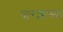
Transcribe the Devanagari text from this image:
वारशाच्‍या